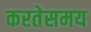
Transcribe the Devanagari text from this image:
करतेसमय